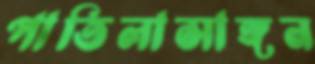
পাতিলাসাঙ্গন